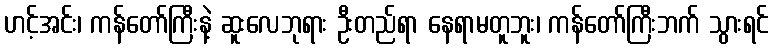
ဟင့်အင်း၊ ကန်တော်ကြီးနဲ့ ဆူးလေဘုရား ဦးတည်ရာ နေရာမတူဘူး၊ ကန်တော်ကြီးဘက် သွားရင်